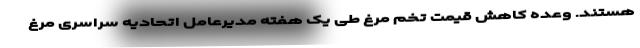
هستند. وعده کاهش قیمت تخم مرغ طی یک هفته مدیرعامل اتحادیه سراسری مرغ